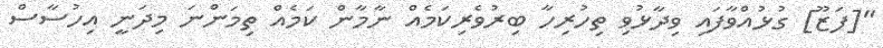
"[ފަޒޫ] ގުޅުއްވާފައި ވިދާޅުވި ތިހުރިހާ ބިރުވެރިކަމެއް ނާމާން ކަމެއް ތިމަންނަ މިދަނީ އިހުސާސް